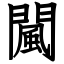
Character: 闏